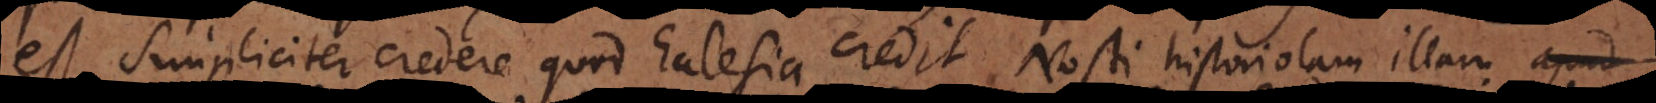
est simpliciter credere, quod Ecclesia credit. Nosti historiolam illam